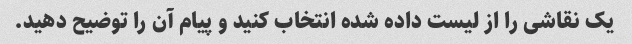
یک نقاشی را از لیست داده شده انتخاب کنید و پیام آن را توضیح دهید.